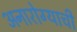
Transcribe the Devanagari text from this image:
अनारोग्याची